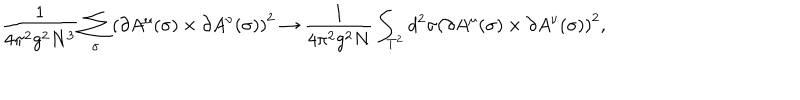
\frac { 1 } { 4 \pi ^ { 2 } g ^ { 2 } N ^ { 3 } } \sum _ { \sigma } \left( \partial A ^ { \mu } ( \sigma ) \times \partial A ^ { \nu } ( \sigma ) \right) ^ { 2 } \rightarrow \frac { 1 } { 4 \pi ^ { 2 } g ^ { 2 } N } \int _ { T ^ { 2 } } d ^ { 2 } \sigma \left( \partial A ^ { \mu } ( \sigma ) \times \partial A ^ { \nu } ( \sigma ) \right) ^ { 2 } ,